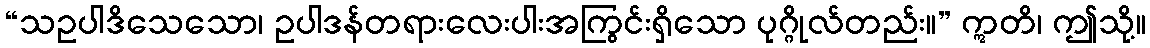
“သဥပါဒိသေသော၊ ဥပါဒန်တရားလေးပါးအကြွင်းရှိသော ပုဂ္ဂိုလ်တည်း။” ဣတိ၊ ဤသို့။